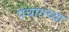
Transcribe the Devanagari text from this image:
पंचागच्या